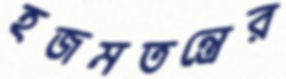
হজমতন্ত্রের